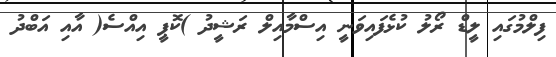
ފިލްމުގައި ލީޑް ރޯލު ކުޅެފައިވަނީ އިސްމާއިލް ރަޝީދު )ކޮޕީ އިއްސެ( އާއި އަބްދު